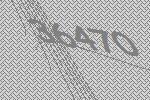
36470